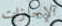
الإجازات